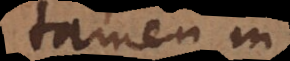
tamen in